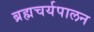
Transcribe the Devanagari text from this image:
ब्रह्मचर्यपालन